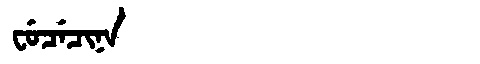
Manchu: ᠸᡠᠴᡝᠴᡳᠨᠠ
Romanization: FUCECINA